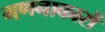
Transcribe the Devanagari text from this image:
गणनाकारों